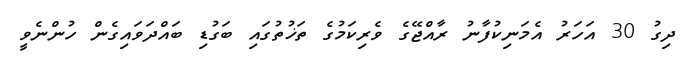
ދިގު 30 އަހަރު އެމަނިކުފާނު ރާއްޖޭގެ ވެރިކަމުގެ ތަޚުތުގައި ބަގުޑި ބައްދަވައިގެން ހުންނެވީ